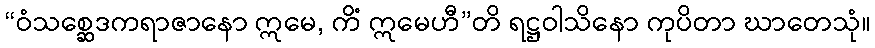
“ဝံသစ္ဆေဒကရာဇာနော ဣမေ, ကိံ ဣမေဟီ”တိ ရဋ္ဌဝါသိနော ကုပိတာ ဃာတေသုံ။